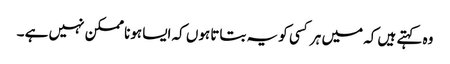
وہ کہتے ہیں کہ میں ہر کسی کو یہ بتاتا ہوں کہ ایسا ہونا ممکن نہیں ہے ۔